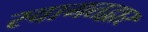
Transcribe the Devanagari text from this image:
स्वागतद्वार